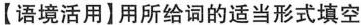
【语境活用】用所给词的适当形式填空